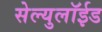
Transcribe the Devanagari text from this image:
सेल्युलॉईड